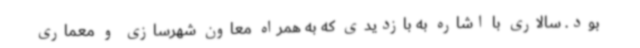
بود. سالاری با اشاره به بازدیدی که به همراه معاون شهرسازی و معماری